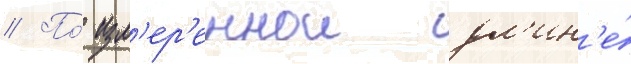
// По́ изм'ер'еннои дл'ин'е́